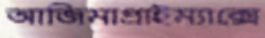
আজিমাপ্রাইম্যাক্সে